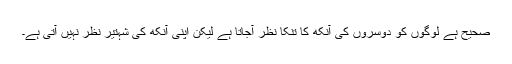
صحیح ہے لوگوں کو دوسروں کی آنکھ کا تنکا نظر آجاتا ہے لیکن اپنی آنکھ کی شہتیر نظر نہیں آتی ہے۔